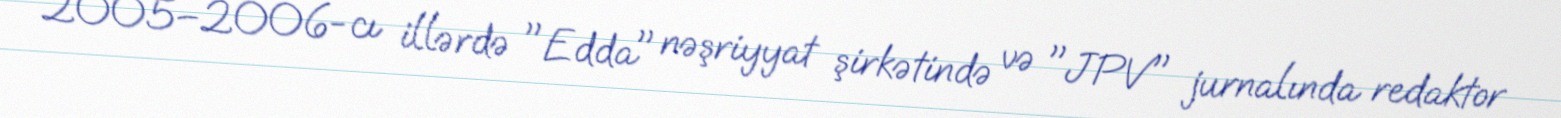
2005–2006-cı illərdə "Edda" nəşriyyat şirkətində və "JPV" jurnalında redaktor